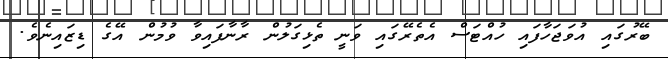
ބޭރުގައި އުވަޖަހާފައި ހުއްޓަސް އެތެރޭގައި ވަނީ ތެޅިގަލުން ރާނާފައިވާ ވުމުން އޭގެ ޑިޒައިނެވެ.